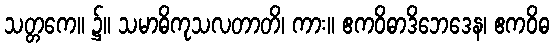
သတ္တကေ။ ၌။ သမာဓိကုသလတာတိ၊ ကား။ ဧကဝိဓာဒိဘေဒေန၊ ဧကဝိဓ